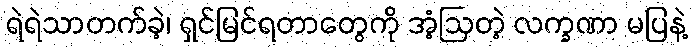
ရဲရဲသာတက်ခဲ့၊ ရှင်မြင်ရတာတွေကို အံ့ဩတဲ့ လက္ခဏာ မပြနဲ့